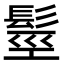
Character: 𩭙